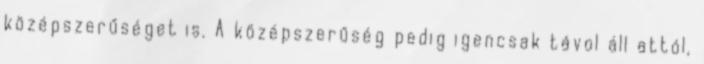
középszerűséget is. A középszerűség pedig igencsak távol áll attól,